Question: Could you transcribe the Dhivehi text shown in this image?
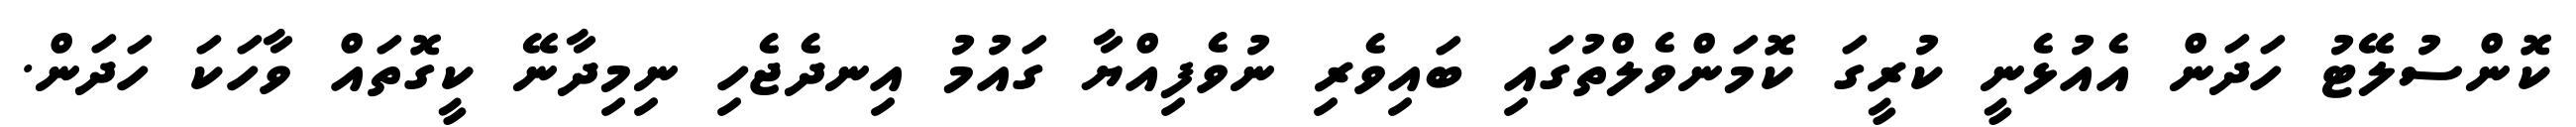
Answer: ކޮންސުލޭޓު ހަދަން އެއުޅެނީ ކުރީގަ ކޮމަންވެލްތުގައި ބައިވެރި ނުވެފިއްޔާ ގައުމު އިނދެޖެހި ނިމިދާނޭ ކީގޮތައް ވާހަކަ ހަދަން.